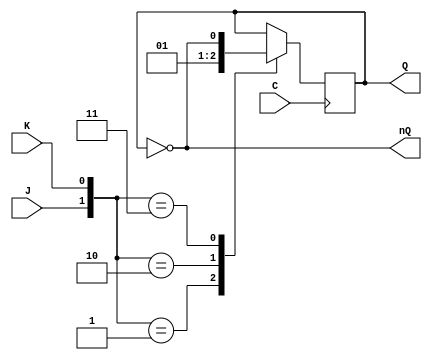
module JK(output reg Q,output wire nQ, input wire J, input wire K, input wire C);
	initial Q=0;
	not(nQ,Q);
	always @(negedge C)
		case({J,K})
			2'b01: Q=0;
			2'b10: Q=1;
			2'b11: Q=~Q;
		endcase
	endmodule
	
module CONTADOR(output wire[3:0]Q, input wire C);
	wire [3:0]nQ;
	
	wire aJ3_1, aJ3_2, oJ3;		wire aK3_1, aK3_2, oK3;
	wire aJ2_1, aJ2_2, oJ2;		wire oK2;
	wire oJ1;	       		wire aK1_1, aK1_2, aK1_3, oK1;
	wire aJ0_1, aJ0_2, oJ0;		wire aK0_1, aK0_2, aK0_3, oK0;
	
	
	not n0(nQ[0],Q[0]);
	not n1(nQ[1],Q[1]);
	not n2(nQ[2],Q[2]);
	not n3(nQ[3],Q[3]);
	
	
	//J3
	and a1 (aJ3_1, Q[0], Q[2]);
	and a2 (aJ3_2, Q[1], Q[0]);
	or o1 (oJ3, aJ3_1, aJ3_2);
	
	//K3
	and a3 (aK3_1, nQ[2], Q[0]);
	and a4 (aK3_2, Q[2], nQ[0]);
	or o2 (oK3, aK3_1, aK3_2, Q[1]);
	
	//J2
	and a5 (aJ2_1, nQ[1], nQ[0], Q[3]);
	and a6 (aJ2_2, Q[1], nQ[3]);
	or o3 (oJ2, aJ2_1, aJ2_2);
	
	//K2
	or o4 (oK2, nQ[3], Q[0], Q[1]);
	
	//J1
	or o5 (oJ1, nQ[3], Q[2], Q[0]);
	
	//K1
	and a7 (aK1_1, nQ[3], nQ[2]);
	and a8 (aK1_2, Q[0], nQ[3]);
	and a9 (aK1_3, Q[0], nQ[2]);
	or o6 (oK1, aK1_1, aK1_2, aK1_3);
	
	//J0
	and a10 (aJ0_1, Q[1], nQ[3], nQ[2]);
	and a11 (aJ0_2, nQ[1], Q[3]);
	or o7 (oJ0, aJ0_1, aJ0_2);
	
	//K0
	and a12 (aK0_1, nQ[3], Q[1]);
	and a13 (aK0_2, Q[2], Q[1]);
	and a14 (aK0_3, nQ[1], Q[3]);
	or o8 (oK0, aK0_1, aK0_2, aK0_3);
	
	//CONTADOR
	JK JKO(Q[0],nQ[0], oJ0, oK0, C);
	JK JK1(Q[1],nQ[1], oJ1, oK1, C);
	JK JK2(Q[2],nQ[2], oJ2, oK2, C);
	JK JK3(Q[3],nQ[3], oJ3, oK3, C);
endmodule
 
module CAMBIO (output wire [3:0] Q,input wire [3:0] I);
	wire [3:0] nI;
	
	wire aQ3_1;
	wire aQ2_1, aQ2_2, aQ2_3;
	wire aQ1_1;
	wire aQ0_1,aQ0_2,aQ0_3;

	not n4(nI[0],I[0]);
	not n5(nI[1],I[1]);
	not n6(nI[2],I[2]);
	not n7(nI[3],I[3]);

	//CAMBIOS 1--> 3 3--> 11 7-->2
	
	//Q3
	and a15 (aQ3_1, nI[2], I[1], I[0]);
	or o9 (Q[3], aQ3_1, I[3]);
	
	//Q2
	and a16 (aQ2_1, I[2], nI[1]);
	and a17 (aQ2_2, I[2], nI[0]);
	and a18 (aQ2_3, I[3], I[2]);
	or o10 (Q[2], aQ2_1, aQ2_2, aQ2_3);
	
	//Q1
	and a19 (aQ1_1, nI[3], nI[2], I[0]);
	or o11 (Q[1], aQ1_1, I[1]);
	
	//Q0
	and a20 (aQ0_1, I[3], I[0]);
	and a21 (aQ0_2, nI[2], I[1], I[0]);
	and a22 (aQ0_3, nI[1], I[2], I[0]);
	or o12 (Q[0], aQ0_1, aQ0_2, aQ0_3);

endmodule

/*module test1;  //Modulo de prueba para el cambio 

	reg [3:0] Original;
	wire [3:0] Transformado;

	CAMBIO c1(Transformado,Original);

	initial
		begin
			$monitor($time," %d->%d",Original,Transformado);

			Original=0;
			while(Original!=15)
				#5 Original=Original+1;
		end
endmodule*/
		


module TEST;  //Mdulo de prueba para el contador y prueba en GTKWave
	
	wire [3:0]O;
	reg C;

	CONTADOR CA(O,C);

	wire [3:0] cambio;
	CAMBIO io(cambio,O);
	always #5 C=~C;
	


	initial
		begin
			$dumpfile("pruebaGTK.dmp");
			$dumpvars;
				$display("PRUEBA"); 
				C=0;
				$monitor($time,"C: %b 					(%d)",cambio,cambio);

				#105;
			$dumpoff;
	$finish; 
	end
endmodule